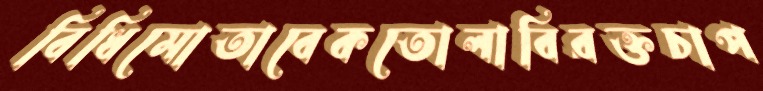
বিধিমোতাবেকতোলাবিরক্তচাপ